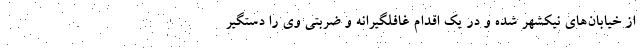
از خیابان‌های نیکشهر شده و در یک اقدام غافلگیرانه و ضربتی وی را دستگیر